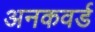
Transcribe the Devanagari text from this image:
अनकवर्ड